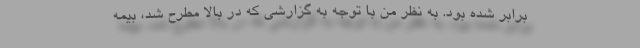
برابر شده بود. به نظر من با توجه به گزارشی که در بالا مطرح شد، بیمه